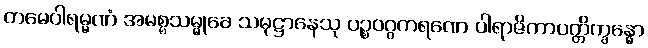
တမေဝါရမ္မဏံ အမစ္စသမ္မုခေ သမုဋ္ဌာနေသု ပဉ္စဝဂ္ဂကရဏေ ပါရာဇိကာပတ္တိက္ခန္ဓော